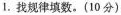
1.找规律填数。(10分)